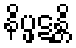
နိပ္ဖဋန္တိ